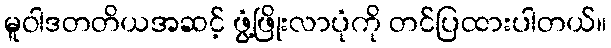
မူဝါဒတတိယအဆင့် ဖွံ့ဖြိုးလာပုံကို တင်ပြထားပါတယ်။